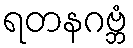
ရတနဂဗ္ဘံ